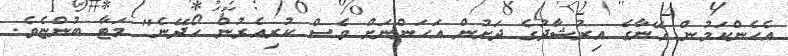
އެހެންކަމުން އޭނާގެ އިރުޝާދުގެ ދަށުން އަހަންނަށް ވެސް ކުރިއެރުން ހޯދޭނެ" މަޓާ ބުންޏެވެ.